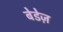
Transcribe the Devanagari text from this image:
बेडेज़